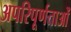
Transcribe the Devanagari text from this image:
अपरिपूर्णताओं